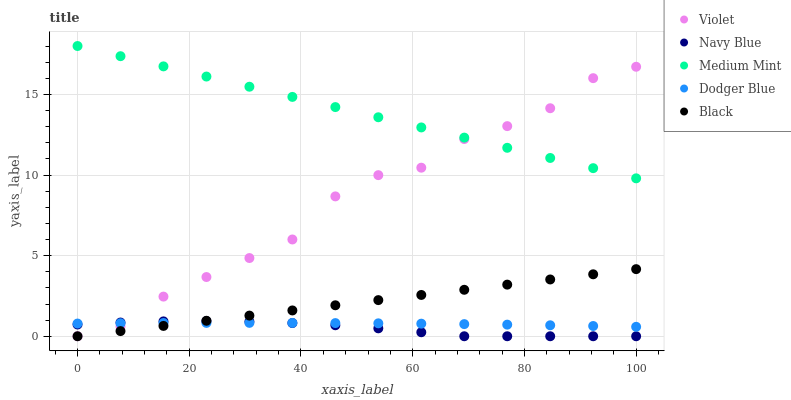
| xaxis_label | Violet | Navy Blue | Medium Mint | Dodger Blue | Black |
 | --- | --- | --- | --- | --- | --- |
 | 0 | 0 | 0.728 | 18 | 0.788 | 0 |
 | 7.69 | 0.606 | 0.851 | 17.4 | 0.807 | 0.32 |
 | 15.4 | 2.46 | 0.922 | 16.7 | 0.821 | 0.64 |
 | 23.1 | 3.67 | 0.94 | 16.1 | 0.829 | 0.961 |
 | 30.8 | 4.85 | 0.906 | 15.5 | 0.831 | 1.28 |
 | 38.5 | 6 | 0.82 | 14.8 | 0.827 | 1.6 |
 | 46.2 | 8.67 | 0.682 | 14.2 | 0.817 | 1.92 |
 | 53.8 | 9.99 | 0.491 | 13.6 | 0.801 | 2.24 |
 | 61.5 | 10.5 | 0.248 | 13 | 0.78 | 2.56 |
 | 69.2 | 12.2 | 0 | 12.3 | 0.753 | 2.88 |
 | 76.9 | 13 | 0 | 11.7 | 0.72 | 3.2 |
 | 84.6 | 14.1 | 0 | 11.1 | 0.681 | 3.52 |
 | 92.3 | 16 | 0 | 10.4 | 0.636 | 3.84 |
 | 100 | 16.7 | 0 | 9.79 | 0.586 | 4.16 |